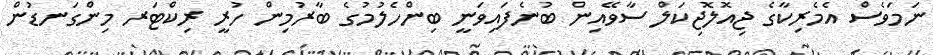
ނަމަވެސް އެމެރިކާގެ ޖިއޮލޮޖިކަލް ސާވޭއިން ބުނެފައިވަނީ ބިންހެލުމުގެ ބާރުމިން ހުރީ ރިކްޓަރ މިންގަނޑުން